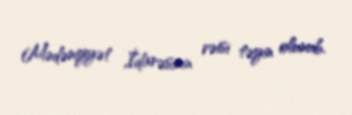
Mədəniyyət İdarəsinin rəisi təyin olunub.